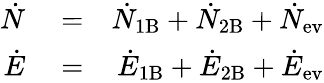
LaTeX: \begin{array}{rlr}{\dot{N}}&{{}=}&{\dot{N}_{\mathrm{1B}}+\dot{N}_{\mathrm{2B}}+\dot{N}_{\mathrm{ev}}}\\ {\dot{E}}&{{}=}&{\dot{E}_{\mathrm{1B}}+\dot{E}_{\mathrm{2B}}+\dot{E}_{\mathrm{ev}}}\end{array}